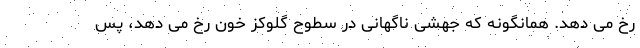
رخ می دهد. همانگونه که جهشی ناگهانی در سطوح گلوکز خون رخ می دهد، پس